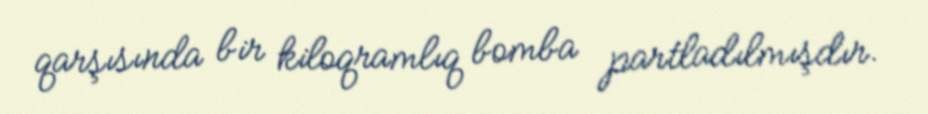
qarşısında bir kiloqramlıq bomba partladılmışdır.